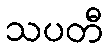
သပတီ